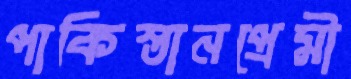
পাকিস্তানপ্রেমী